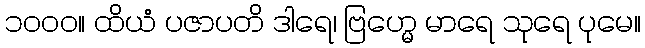
၁၀၀၀။ ထိယံ ပဇာပတိ ဒါရေ၊ ဗြဟ္မေ မာရေ သုရေ ပုမေ။